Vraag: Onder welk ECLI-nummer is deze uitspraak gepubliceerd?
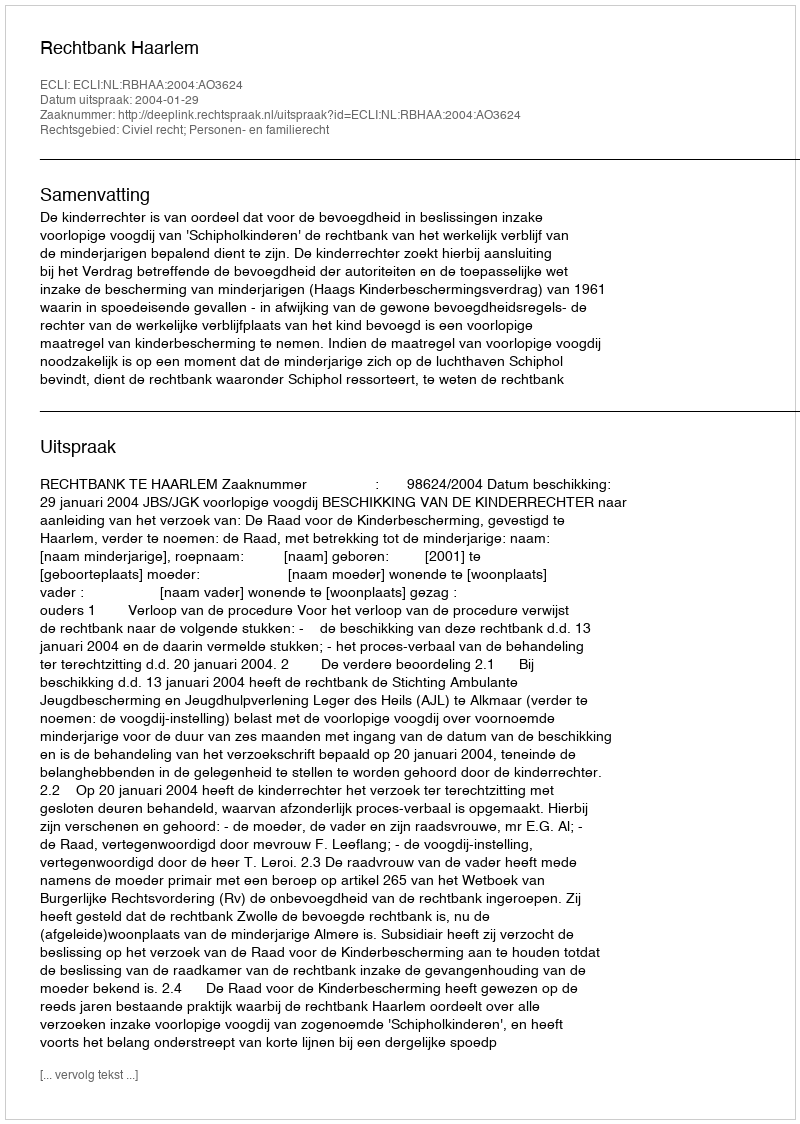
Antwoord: ECLI:NL:RBHAA:2004:AO3624